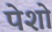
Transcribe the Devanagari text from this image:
पेशो